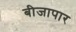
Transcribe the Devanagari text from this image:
बीजापार